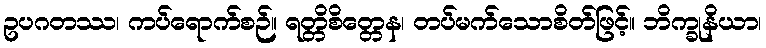
ဥပဂတဿ၊ ကပ်ရောက်စဉ်။ ရတ္တိစိတ္တေန၊ တပ်မက်သောစိတ်ဖြင့်။ ဘိက္ခုနိယာ၊